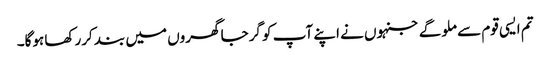
تم ایسی قوم سے ملوگے جنہوں نے اپنے آپ کو گرجا گھروں میں بند کررکھا ہوگا۔